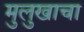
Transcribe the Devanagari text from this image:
मुलुखाचा